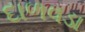
દાળવડા